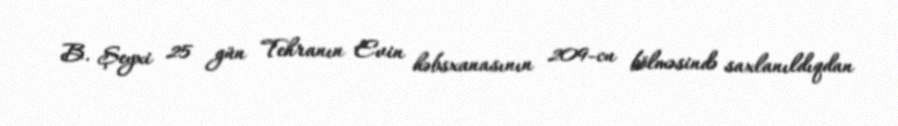
B. Şeyxi 25 gün Tehranın Evin həbsxanasının 209-cu bölməsində saxlanıldıqdan